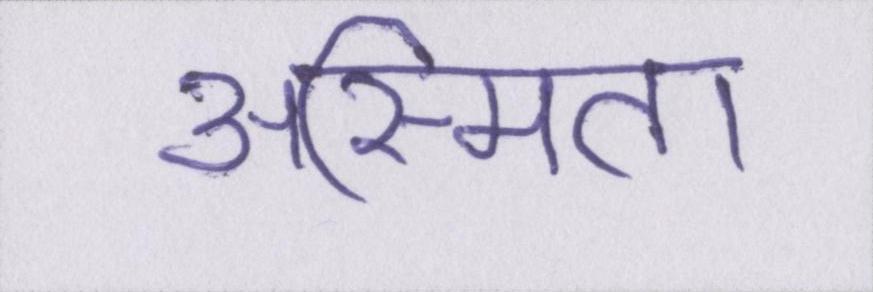
अस्मिता